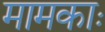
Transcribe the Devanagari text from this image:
मामकाः